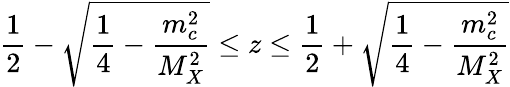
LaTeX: \frac{1}{2}-\sqrt{\frac{1}{4}-\frac{m_{c}^{2}}{M_{X}^{2}}}\leq z\leq\frac{1}{2}+\sqrt{\frac{1}{4}-\frac{m_{c}^{2}}{M_{X}^{2}}}